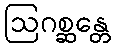
ဩဂစ္ဆန္တေ